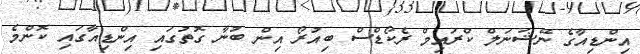
އިންޑިއާގެ ނޭޝަނަލް ކްރައިމް ރެކޯޑްސް ބިއުރޯ އިން ބުނާ ގޮތުގައި އިންޑިއާގައި ކޮންމެ